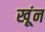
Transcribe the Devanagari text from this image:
खूंन